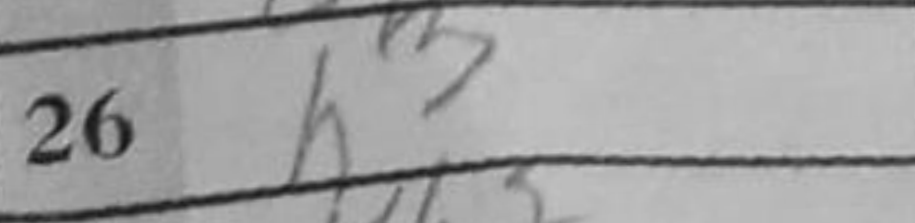
Transcription: h3